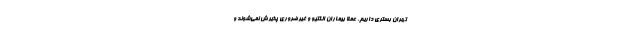
تهران بستری داریم. عملا بیماران الکتیو و غیرضروری پذیرش نمی‌شوند و